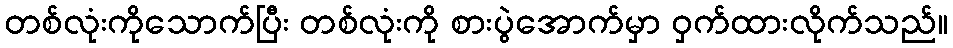
တစ်လုံးကိုသောက်ပြီး တစ်လုံးကို စားပွဲအောက်မှာ ဝှက်ထားလိုက်သည်။